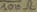
Text: 100Ω